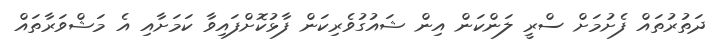
ދަތުރުތައް ފެށުމަށް ސްރީ ލަންކަން އިން ޝައުގުވެރިކަން ފާޅުކޮށްފައިވާ ކަމަށާއި އެ މަޝްވަރާތައް